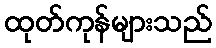
ထုတ်ကုန်များသည်